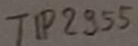
Text: TIP2955